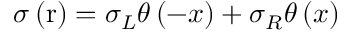
\sigma \left( \mathrm { r } \right) = { { \sigma } _ { L } } \theta \left( - x \right) + { { \sigma } _ { R } } \theta \left( x \right)